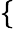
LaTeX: \left\{ \begin{array}{l}{\begin{array}{rlr}\end{array}}\end{array}\right.